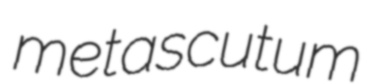
metascutum